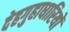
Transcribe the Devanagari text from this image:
देहगुहाधारियों